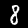
Label: 8